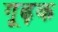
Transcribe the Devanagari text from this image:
गूढ़क